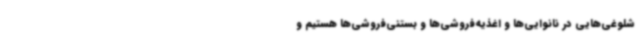
شلوغی‌هایی در نانوایی‌ها و اغذیه‌فروشی‌ها و بستنی‌فروشی‌ها هستیم و